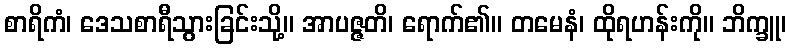
စာရိကံ၊ ဒေသစာရီသွားခြင်းသို့။ အာပဇ္ဇတိ၊ ရောက်၏။ တမေနံ၊ ထိုရဟန်းကို။ ဘိက္ခူ၊